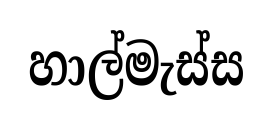
හාල්මැස්ස